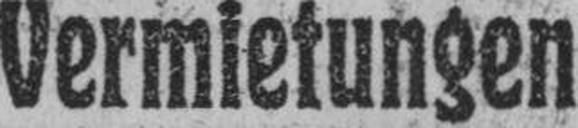
Vermietungen